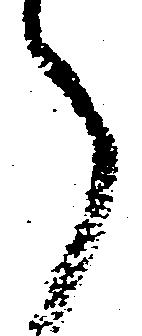
之